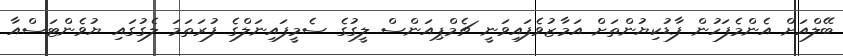
ބޭލްއަށް އެންމެފަހުން ފާޑުކިޔުންތަށް އަމާޒުވެފައިވަނީ ޗެމްޕިއަންސް ލީގުގެ ސެމީފައިނަލްގެ ފުރަތަމަ ލެގުގައި ޔުވެންޓަސްއާ